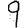
Digit: 9